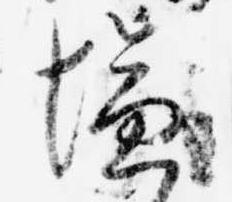
塩